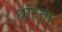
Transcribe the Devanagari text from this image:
धरिता